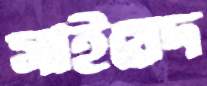
সাইয়েদ